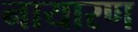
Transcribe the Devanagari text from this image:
नायारण